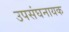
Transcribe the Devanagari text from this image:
उपसंघनायक